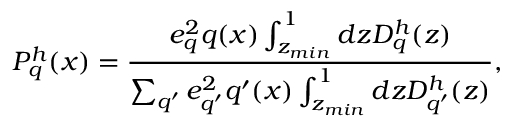
P _ { q } ^ { h } ( x ) = \frac { e _ { q } ^ { 2 } q ( x ) \int _ { z _ { m i n } } ^ { 1 } d z D _ { q } ^ { h } ( z ) } { \sum _ { q ^ { \prime } } e _ { q ^ { \prime } } ^ { 2 } q ^ { \prime } ( x ) \int _ { z _ { m i n } } ^ { 1 } d z D _ { q ^ { \prime } } ^ { h } ( z ) } ,